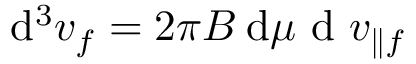
\mathrm { d } ^ { 3 } v _ { f } = 2 \pi B \: \mathrm { d } \mu \mathrm { ~ d ~ } v _ { \parallel f }